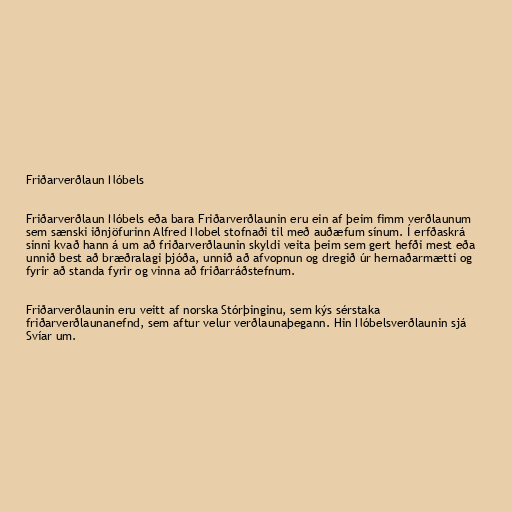
Friðarverðlaun Nóbels

Friðarverðlaun Nóbels eða bara Friðarverðlaunin eru ein af þeim fimm verðlaunum
sem sænski iðnjöfurinn Alfred Nobel stofnaði til með auðæfum sínum. Í erfðaskrá
sinni kvað hann á um að friðarverðlaunin skyldi veita þeim sem gert hefði mest eða
unnið best að bræðralagi þjóða, unnið að afvopnun og dregið úr hernaðarmætti og
fyrir að standa fyrir og vinna að friðarráðstefnum.

Friðarverðlaunin eru veitt af norska Stórþinginu, sem kýs sérstaka
friðarverðlaunanefnd, sem aftur velur verðlaunaþegann. Hin Nóbelsverðlaunin sjá
Svíar um.